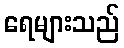
ရေများသည်